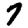
Digit: 7